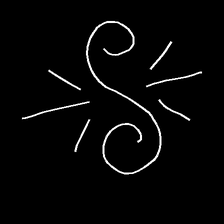
Glyph: wind-directs-air